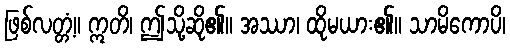
ဖြစ်လတ္တံ့။ ဣတိ၊ ဤသို့ဆို၏။ အဿာ၊ ထိုမယား၏။ သာမိကောပိ၊